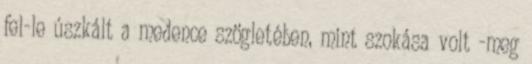
fel-le úszkált a medence szögletében, mint szokása volt -meg